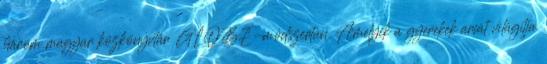
három magyar közkönyvtár GLOBE-módszertan. Amelyik a gyerekek arcát világítja